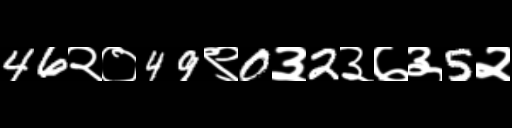
Text: 46२०49९0३2३७३5२